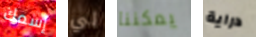
إسمك لي يمكننا دراية